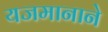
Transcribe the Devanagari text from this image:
यजमानाने